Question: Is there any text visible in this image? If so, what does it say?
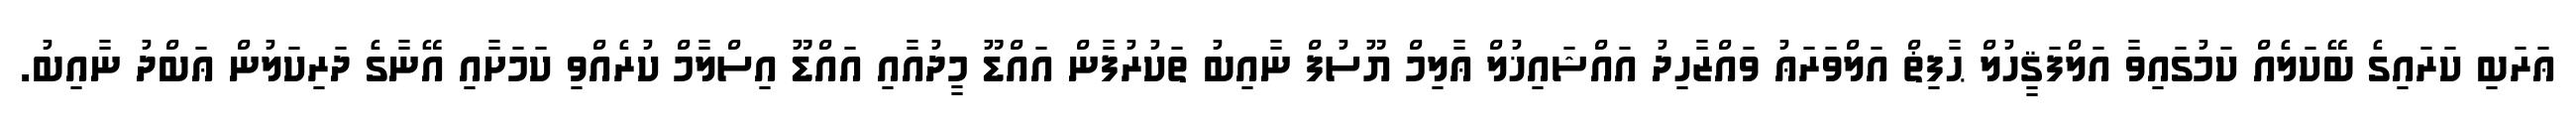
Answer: ޢަރަބި ކަރައިގެ ބޭކަލެއް ކަމުގައިވާ އަލްފަޤީހުލް ޙާފިޡް އަލްވަރަޢު ވައްޒާހިދު އައްޝައިޚުލް ޢާލިމް ޔޫސުފް ނާއިބު ތަކުރުފާން އައްޑޫ މީދުއާއި އައްޑޫ އިސްލާމް ކުރެއްވި ކަމަށާއި އޭނާގެ ދަރިކަލުން ޢަބްދު ނާއިބު.